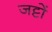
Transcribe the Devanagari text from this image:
जट्टों